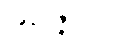
အနဝဇ္ဇာနီတိ